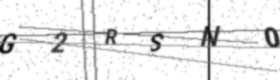
Text: G2RSN0